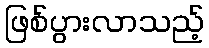
ဖြစ်ပွားလာသည့်